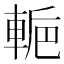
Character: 𨌌